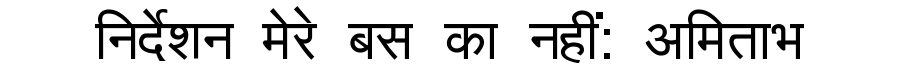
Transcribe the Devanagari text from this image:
निर्देशन मेरे बस का नहीं: अमिताभ